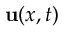
\mathbf u ( x , t )